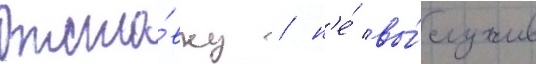
отста́вку / н'е́ вы́служив